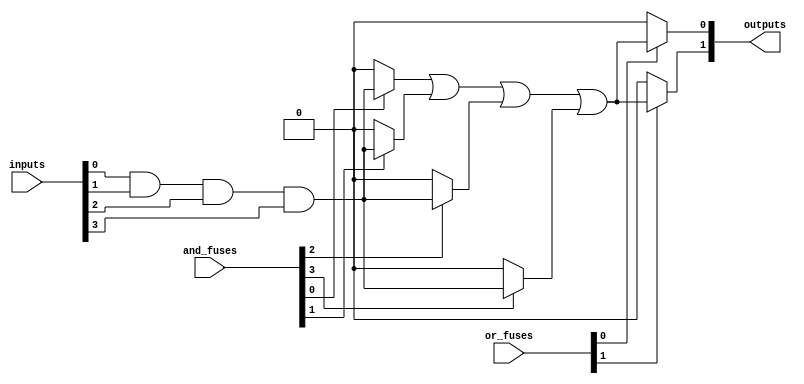
module fuse_based_PLA #(
    parameter NUM_INPUTS = 4,      // Number of inputs
    parameter NUM_AND_GATES = 4,    // Number of AND gates
    parameter NUM_OR_GATES = 2       // Number of OR gates
)(
    input wire [NUM_INPUTS-1:0] inputs, // Input lines
    input wire [NUM_AND_GATES-1:0] and_fuses, // Fuse connections for AND gates
    input wire [NUM_OR_GATES-1:0] or_fuses,   // Fuse connections for OR gates
    output wire [NUM_OR_GATES-1:0] outputs     // Output lines
);

    // Internal signals for AND gate outputs
    wire [NUM_AND_GATES-1:0] and_outputs;

    // Programmable AND array
    genvar i, j;
    generate
        for (i = 0; i < NUM_AND_GATES; i = i + 1) begin : and_gate
            // Each AND gate is programmed based on the fuse connections
            assign and_outputs[i] = and_fuses[i] ? (inputs[0] & inputs[1] & inputs[2] & inputs[3]) : 1'b0; // Example: AND of all inputs
        end
    endgenerate

    // Programmable OR array
    generate
        for (j = 0; j < NUM_OR_GATES; j = j + 1) begin : or_gate
            // Each OR gate combines outputs from AND gates based on fuse connections
            assign outputs[j] = or_fuses[j] ? (and_outputs[0] | and_outputs[1] | and_outputs[2] | and_outputs[3]) : 1'b0; // Example: OR of all AND outputs
        end
    endgenerate

endmodule